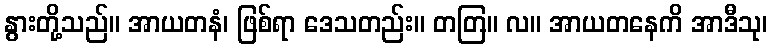
နွားတို့သည်။ အာယတနံ၊ ဖြစ်ရာ ဒေသတည်း။ တတြ။ လ။ အာယတနေကိ အာဒီသု၊